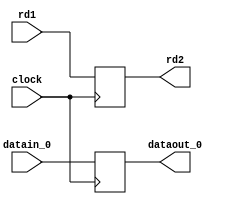
module MEM_WB(
	input wire [4:0] rd1,
	input wire [31:0] datain_0,
	input wire clock,
	
	output reg [4:0] rd2,
	output reg [31:0] dataout_0);	
	
	always @(posedge clock) begin
		dataout_0 = datain_0;
		rd2 = rd1;
	end
endmodule